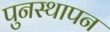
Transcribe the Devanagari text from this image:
पुनस्थापन